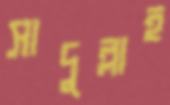
সাদুল্লাহ